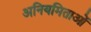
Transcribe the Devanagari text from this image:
अनियमिताओं